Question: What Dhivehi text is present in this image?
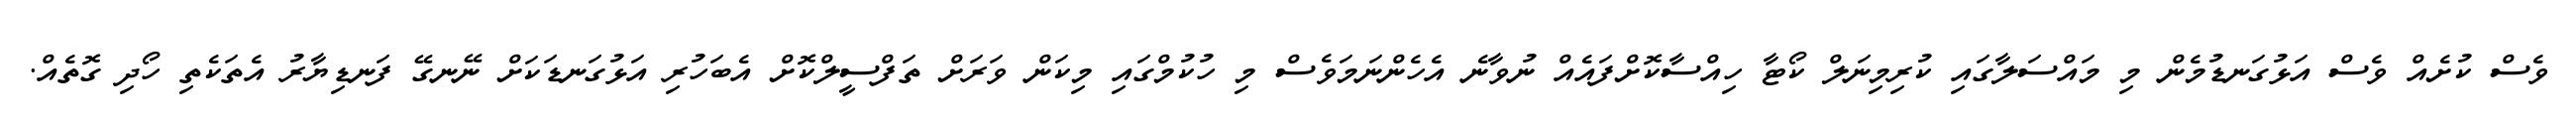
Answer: ވެސް ކުށެއް ވެސް އަޅުގަނޑުމެން މި މައްސަލާގައި ކުރިމިނަލް ކޯޓާ ހިއްސާކޮށްފައެއް ނުވާނެ އެހެންނަމަވެސް މި ހުކުމްގައި މިކަން ވަރަށް ތަފްސީލްކޮށް އެބަހުރި އަޅުގަނޑަކަށް ނޭނގޭ ފަނޑިޔާރު އެތަކެތި ހޯދި ގޮތެއް.